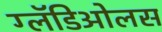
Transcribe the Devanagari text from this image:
ग्लॅडिओलस